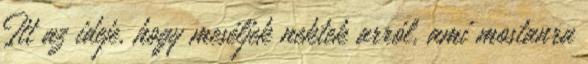
Itt az ideje, hogy meséljek nektek arról, ami mostanra